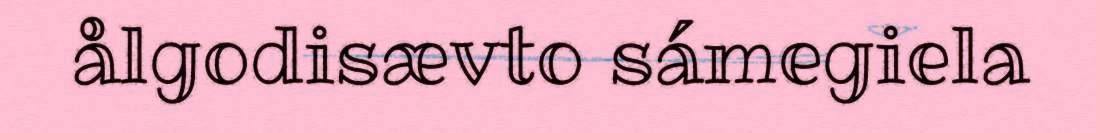
ålgodisævto sámegiela